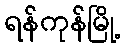
ရန်ကုန်မြို့